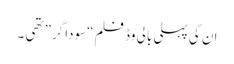
ان کی پہلی بالی وڈ فلم “سوداگر” تھی ۔